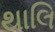
થાલિ